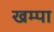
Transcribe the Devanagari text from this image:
खम्पा